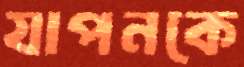
যাপনকে